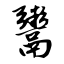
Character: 鬻